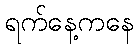
ရက်နေ့ကနေ